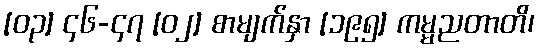
[၀၃] ၄၆-၄၇ [၀၂] စာမျက်နှာ [၁၉၅] ကမ္မညတာတိ၊